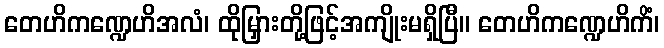
တေဟိကဏ္ဍေဟိအလံ၊ ထိုမြှားတို့ဖြင့်အကျိုးမရှိပြီ။ တေဟိကဏ္ဍေဟိကိံ၊